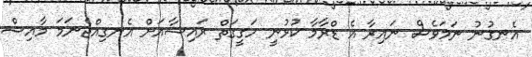
އެނގުނު ނަމަވެސް ނައިރާ އެ ޑްރާމާ ކުޅުނީ ހަގީގަތް ރައިޝާއަށް އެނގިއްޖެނަމަ މާއިޝް